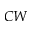
C W